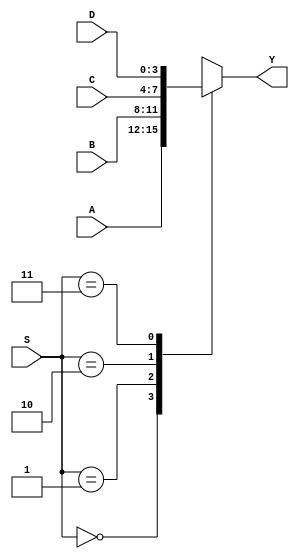
`timescale 1ns / 1ps
`default_nettype none
//4-bit, 4:1 MUX using behavioral constructs

module mux_4bit_4to1(Y, A, B, C, D, S);
	//output and input
	output reg [3:0] Y; //output 4-bit wide reg
	input wire [3:0] A, B, C, D; //4-bit wide input
	input wire [1:0] S; //Select is 2-bit wire
	
	always@(*)//trigger when ANYTHING changes
		//don't use begin/end with case
		case(S)//selection based on S
			2'b00: Y = A; //when S == 2'b00
			2'b01: Y = B;
			2'b10: Y = C;
			2'b11: Y = D;
		endcase //designates the end of case statement
endmodule